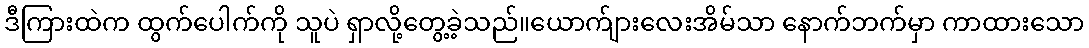
ဒီကြားထဲက ထွက်ပေါက်ကို သူပဲ ရှာလို့တွေ့ခဲ့သည်။ယောက်ျားလေးအိမ်သာ နောက်ဘက်မှာ ကာထားသော